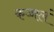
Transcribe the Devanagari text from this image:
कज्जलं